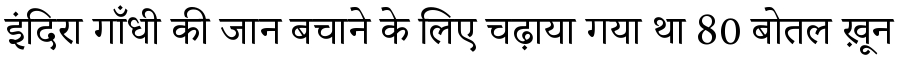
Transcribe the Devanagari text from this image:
इंदिरा गाँधी की जान बचाने के लिए चढ़ाया गया था 80 बोतल ख़ून